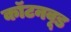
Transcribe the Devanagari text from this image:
कॉटनवूड